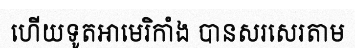
ហើយទូតអាមេរិកាំង បានសរសេរតាម